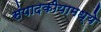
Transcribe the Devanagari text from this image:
संपादकीयामध्ये